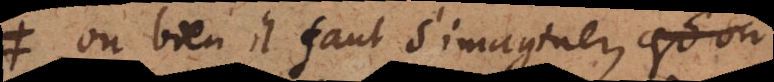
où bien il faut s’imaginer qu’un